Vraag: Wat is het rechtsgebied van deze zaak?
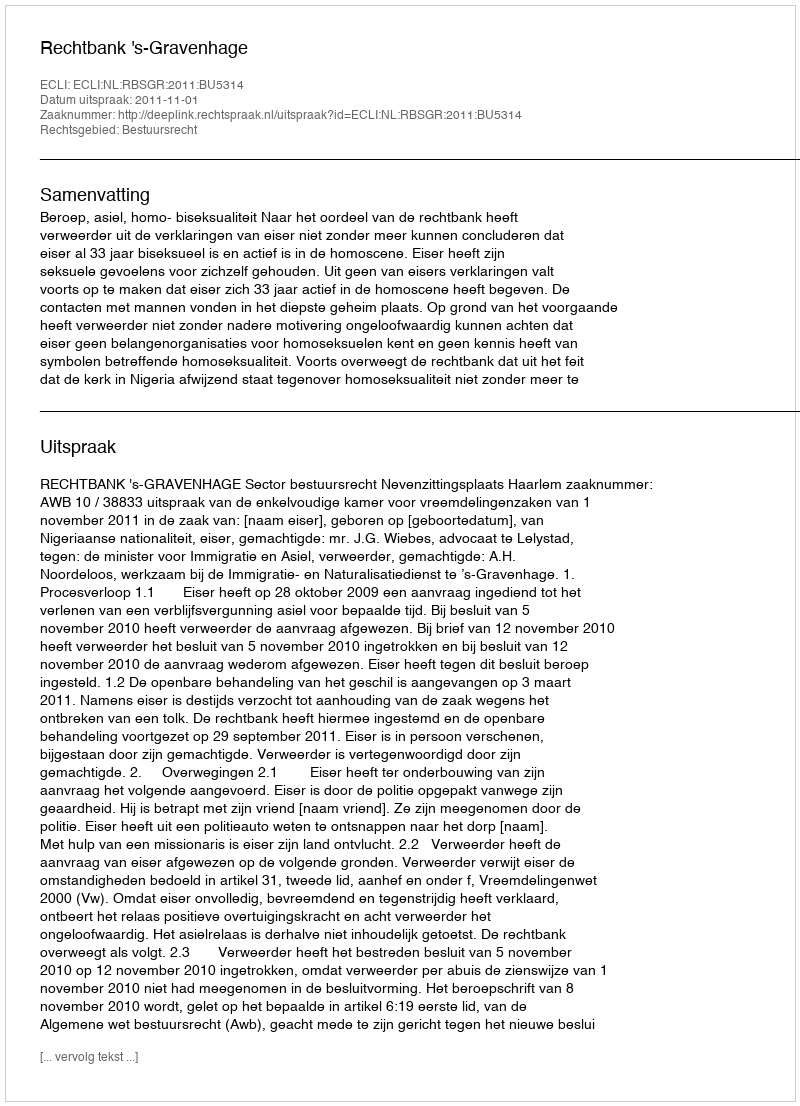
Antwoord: Bestuursrecht